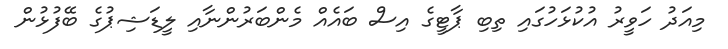
މިއަދު ހަވީރު އުކުޅަހުގައި ތިބި ޕާޓީގެ އިސް ބައެއް މެންބަރުންނާއި ލީޑަޝިޕުގެ ބޭފުޅުން